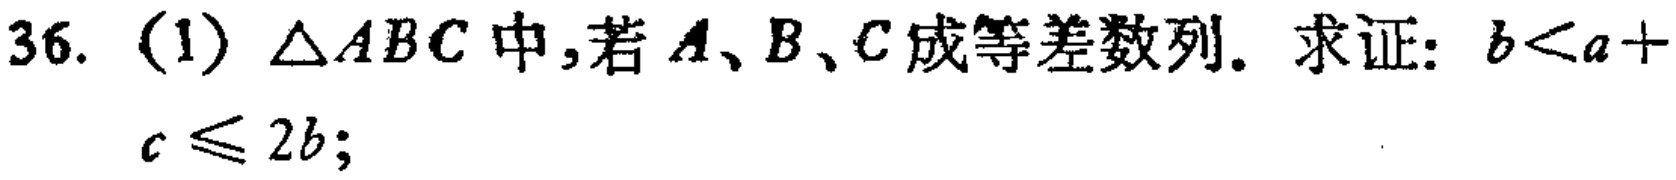
$36.$ (1) $\triangle ABC$中，若$A、B、C$成等差数列。求证：$b < a + c\leqslant 2b$；